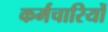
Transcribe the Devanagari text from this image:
कर्मचारियोँ